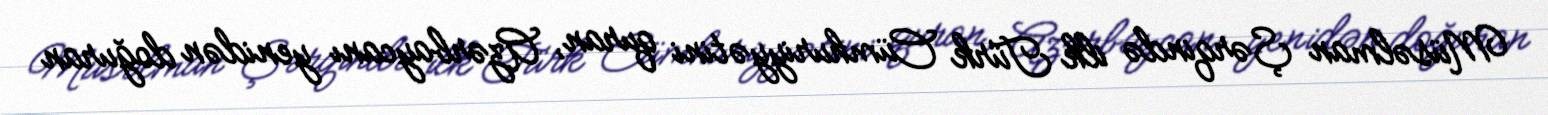
Müsəlman Şərqində ilk Türk Cümhuriyyətini quran, Azərbaycanı yenidən doğuran